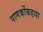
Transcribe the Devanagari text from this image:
पाणकोंबडया